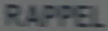
RAPPEL